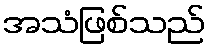
အသံဖြစ်သည်